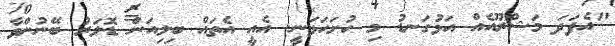
"އެފަދަ މަޝްރޫއެއް އަޅުގަނޑު މި ހުށަހަޅަނީ. އެއީ އެތައް ބިލިއަން ޑޮލަރު ބޭނުންވާ